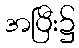
အပြီး၌